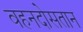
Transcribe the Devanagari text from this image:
वहनदोसतान